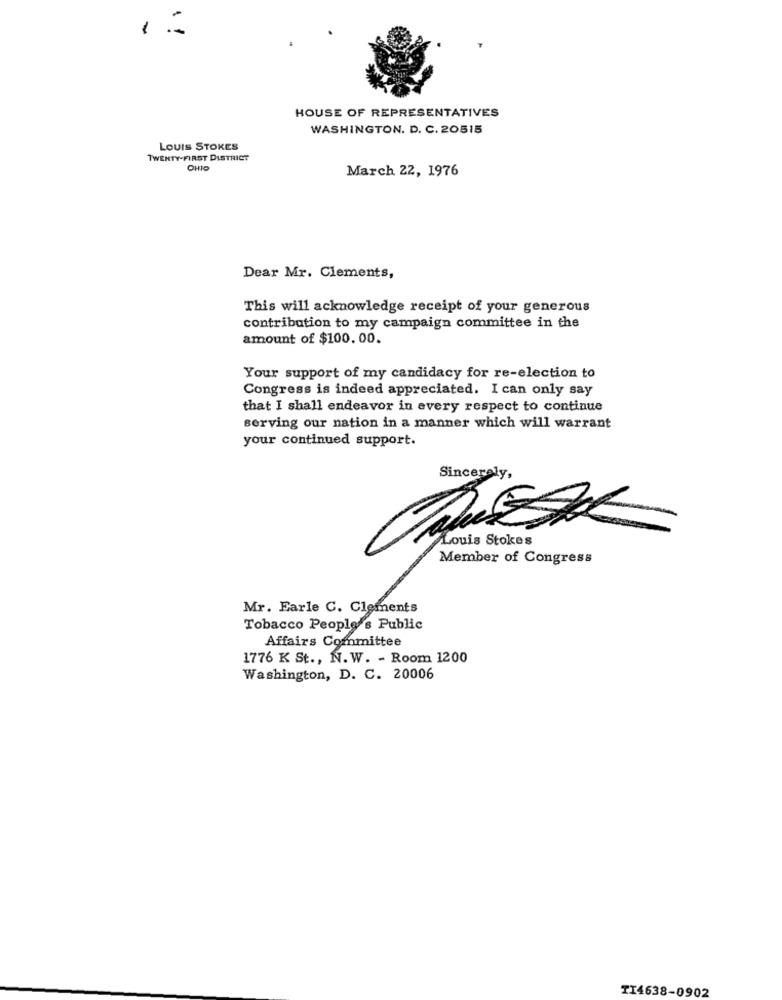
1
HOUSE OF REPRESENTATIVES
WASHINGTON. D. C. 20515
LOUIS STOKES
TWENTY-FIRST DISTRICT
OHIO
March 22, 1976
Dear Mr. Clements,
This will acknowledge receipt of your generous
contribution to my campaign committee in the
amount of $100. 00.
Your support of my candidacy for re-election to
Congress is indeed appreciated. I can only say
that I shall endeavor in every respect to continue
serving our nation in a manner which will warrant
your continued support.
Sincerely,
Louis Stokes
Member of Congress
Mr. Earle C. Clements
Tobacco People's Public
Affairs Committee
1776 K St ., N.W. - Room 1200
Washington, D. C. 20006
TI4638-0902